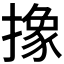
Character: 𪮱